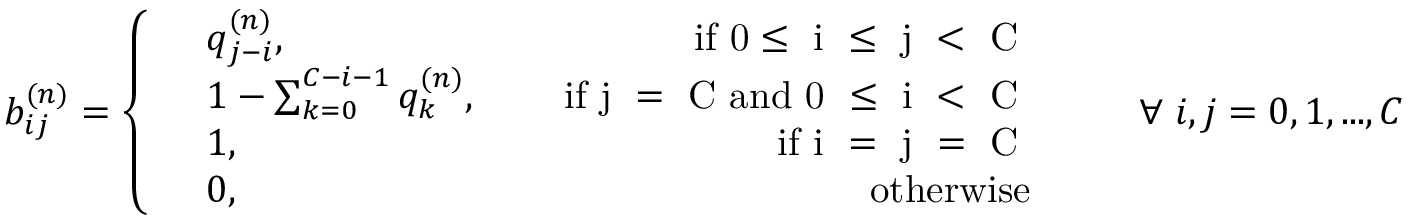
b _ { i j } ^ { ( n ) } = \left\{ \begin{array} { r l r } & { q _ { j - i } ^ { ( n ) } , } & { \quad \mathrm { ~ i f ~ 0 \leq ~ i ~ \leq ~ j ~ < ~ C ~ } } \\ & { 1 - \sum _ { k = 0 } ^ { C - i - 1 } q _ { k } ^ { ( n ) } , } & { \quad \mathrm { ~ i f ~ j ~ = ~ C ~ a n d ~ 0 ~ \leq ~ i ~ < ~ C ~ } } \\ & { 1 , } & { \quad \mathrm { ~ i f ~ i ~ = ~ j ~ = ~ C ~ } } \\ & { 0 , } & { \quad \mathrm { ~ o t h e r w i s e } } \end{array} \right. \quad \quad \forall \; i , j = 0 , 1 , . . . , C